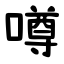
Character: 噂